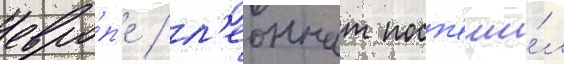
евро́п'е / л'еоннат посп'еши́л